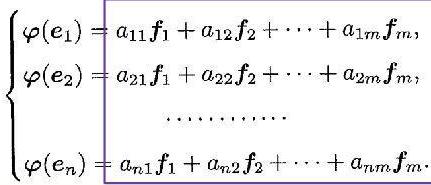
\[
\begin{cases}
\varphi(e_1) = a_{11}f_1 + a_{12}f_2 + \cdots + a_{1m}f_m, \\
\varphi(e_2) = a_{21}f_1 + a_{22}f_2 + \cdots + a_{2m}f_m, \\
\cdots\cdots\cdots\cdots \\
\varphi(e_n) = a_{n1}f_1 + a_{n2}f_2 + \cdots + a_{nm}f_m.
\end{cases}
\]